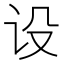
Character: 设